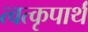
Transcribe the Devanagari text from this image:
त्वत्कृपार्थं